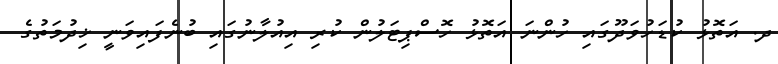
ދ. އަތޮޅު ކުޑަހުވަދޫގައި ހުންނަ އަތޮޅު ހޮސްޕިޓަލުން ކުރި އިއުލާނުގައި ބުނެފައިވަނީ ޚިދުމަތުގެ